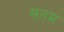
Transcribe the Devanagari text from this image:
सतम